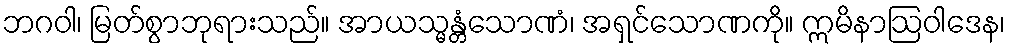
ဘဂဝါ၊ မြတ်စွာဘုရားသည်။ အာယသ္မန္တံသောဏံ၊ အရှင်သောဏကို။ ဣမိနာဩဝါဒေန၊